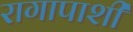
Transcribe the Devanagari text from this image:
रागापाशी